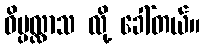
ဝိပ္ပလ္လာသ လို့ ခေါ်တယ်။